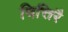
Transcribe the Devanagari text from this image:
चित्तिरै